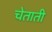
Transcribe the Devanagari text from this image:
चेताती